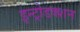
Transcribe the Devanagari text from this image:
इन्ट्रोडक्शन